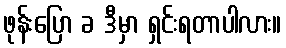
ဖုန်းပြော ခ ဒီမှာ ရှင်းရတာပါလား။